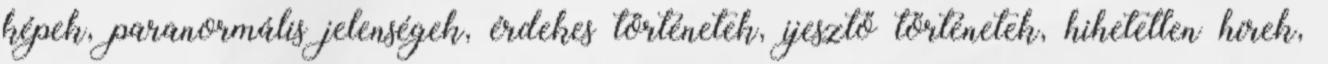
képek, paranormális jelenségek, érdekes történetek, ijesztő történetek, hihetetlen hírek,